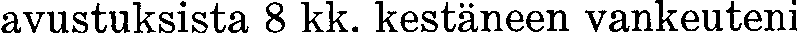
avustuksista 8 kk. kestäneen vankeuteni